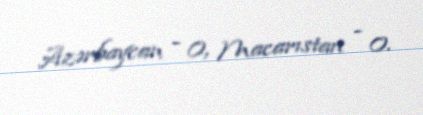
Azərbaycan - 0, Macarıstan - 0.